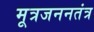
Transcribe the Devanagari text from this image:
मूत्रजननतंत्र